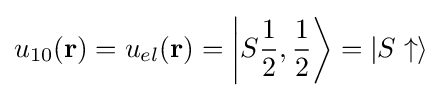
u_{10}(\mathbf {r} )=u_{el}(\mathbf {r} )=\left|S{\frac {1}{2}},{\frac {1}{2}}\right\rangle =\left|S\uparrow \right\rangle